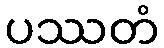
ပဿတံ